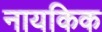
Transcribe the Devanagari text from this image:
नायकिक